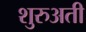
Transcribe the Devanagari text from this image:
शुरुअती